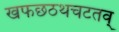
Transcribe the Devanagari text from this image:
खफछठथचटतव्